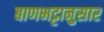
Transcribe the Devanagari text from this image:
बाणभट्टानुसार